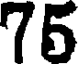
75